Madras plague regulations in force outside the Presidency town - Volume 3
Disease focus: Plague
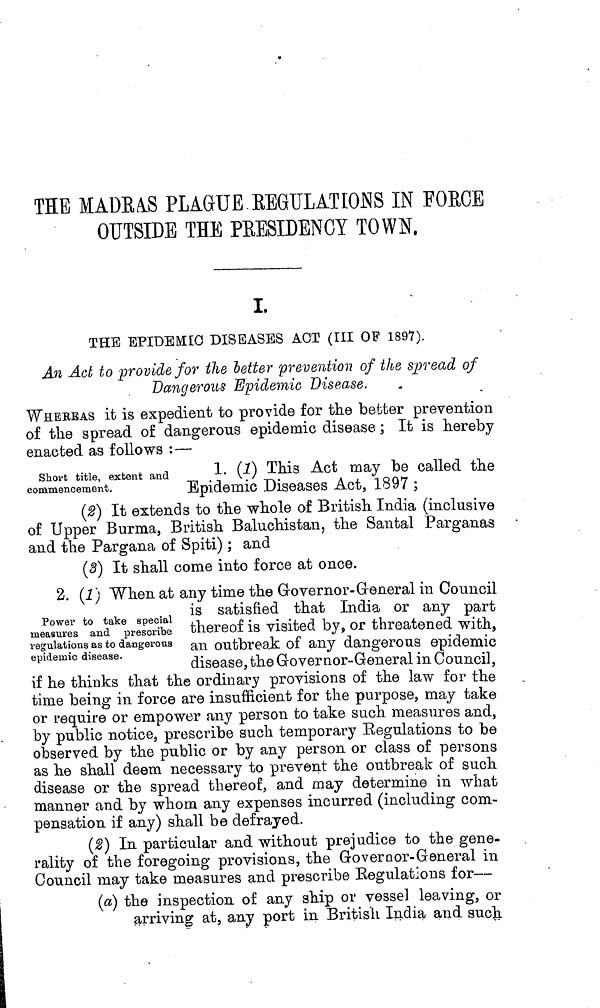
THE MADRAS PLAGUE REGULATIONS IN FORCE
OUTSIDE THE PRESIDENCY TOWN.
I.
THE EPIDEMIC DISBASES ACT (III OF 1897).
An Act to provide for the letter prevention of the spread of
Dangerous Epidemic Disease.
WHERBAS it is expedient to provide for the better prevention
of the spread of dangerous epidemic disease ; It is hereby
enacted as follows :—
Short title, extent and
commencement.
1. (1) This Act may be called the
Epidemic Diseases Act, 1897 ;
(2) It extends to the whole of British India (inclusive
of Upper Burma, British Baluchistan, the Santal Parganas
and the Pargana of Spiti) ; and
(3) It shall come into force at once.
2. (1] When at any time the Governor-General in Council
Power to take special
measures and prescribe
regulations as to dangerous
epidemic disease.
is satisfied that India or any part
thereof is visited by, or threatened with,
an outbreak of any dangerous epidemic
disease, the Governor-General in Council,
if he thinks that the ordinary provisions of the law for the
time being in force are insufficient for the purpose, may take
or require or empower any person to take such measures and,
by public notice, prescribe such temporary Regulations to be
observed by the public or by any person or class of persons
as he shall deem necessary to prevent the outbreak of such
disease or the spread thereof, and may determine in what
manner and by whom any expenses incurred (including com-
pensation if any) shall be defrayed.
(2) In particular and without prejudice to the gene-
rality of the foregoing provisions, the Governor- General in
Council may take measures and prescribe Regulations for-
(a) the inspection of any ship or vessel leaving, or
arriving at, any port in British India and such